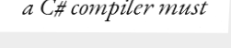
a C# compiler must